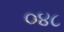
૦૪૮